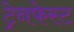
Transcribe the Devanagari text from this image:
ट्रेनफेस्ट